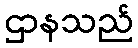
ဌာနသည်